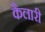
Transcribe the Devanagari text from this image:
कैलारी